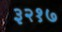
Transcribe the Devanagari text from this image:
३२१७